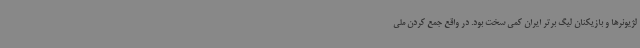
لژیونرها و بازیکنان لیگ برتر ایران کمی سخت بود. در واقع جمع کردن ملی